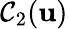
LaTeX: \mathcal{C}_{2}(\mathbf{u})